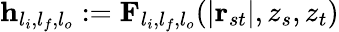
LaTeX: \mathbf{h}_{l_{i},l_{f},l_{o}}:=\mathbf{F}_{l_{i},l_{f},l_{o}}(|\mathbf{r}_{st}|,z_{s},z_{t})